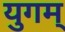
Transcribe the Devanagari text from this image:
युगम्